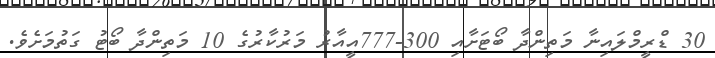
30 ޑްރީމްލައިނާ މަތިންދާ ބޯޓަށާއި 300-777އީއާރު މަރުކާރުގެ 10 މަތިންދާ ބޯޓު ގަތުމަށެވެ.